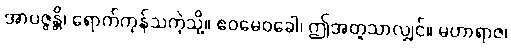
အာပဇ္ဇန္တိ၊ ရောက်ကုန်သကဲ့သို့။ ဧဝမေဝခေါ၊ ဤအတူသာလျှင်။ မဟာရာဇ၊